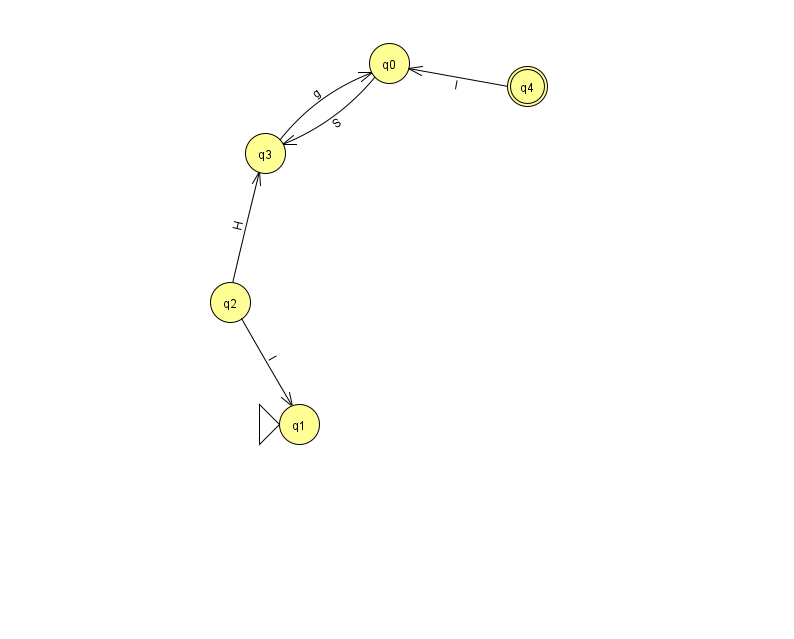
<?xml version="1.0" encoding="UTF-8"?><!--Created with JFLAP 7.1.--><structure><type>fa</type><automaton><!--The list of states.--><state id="0" name="q0"><x>389.0</x><y>50.0</y></state><state id="1" name="q1"><x>299.0</x><y>411.0</y><initial/></state><state id="2" name="q2"><x>230.0</x><y>289.0</y></state><state id="3" name="q3"><x>265.0</x><y>140.0</y></state><state id="4" name="q4"><x>527.0</x><y>73.0</y><final/></state><!--The list of transitions.--><transition><from>2</from><to>3</to><read>H</read></transition><transition><from>4</from><to>0</to><read>I</read></transition><transition><from>3</from><to>0</to><read>g</read></transition><transition><from>0</from><to>3</to><read>S</read></transition><transition><from>2</from><to>1</to><read>I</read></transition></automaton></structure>